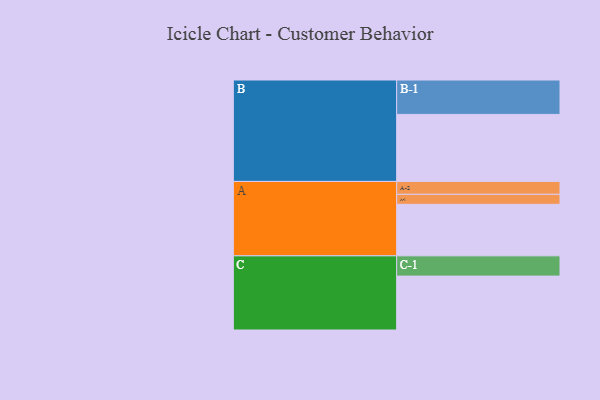
{"axis": {"x": "Segment", "y": "Value"}, "legend": ["", "A", "B", "C"], "data": [{"x": "A", "y": 412, "type": ""}, {"x": "B", "y": 536, "type": ""}, {"x": "C", "y": 431, "type": ""}, {"x": "A-1", "y": 80, "type": "A"}, {"x": "A-2", "y": 103, "type": "A"}, {"x": "B-1", "y": 275, "type": "B"}, {"x": "C-1", "y": 162, "type": "C"}]}